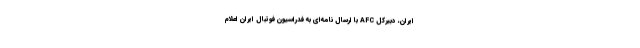
ایران، دبیرکل AFC با ارسال نامه‌ای به فدراسیون فوتبال ایران اعلام